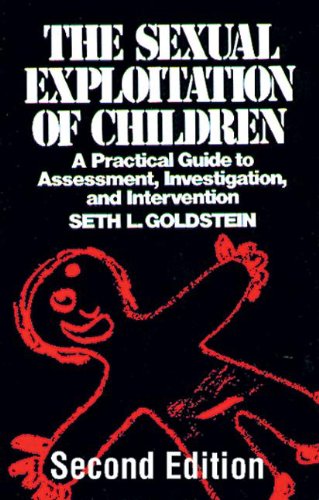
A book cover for The Sexual Exploitation of Children: A Practical Guide to Assessment, Investigation, and Intervention, Second Edition (Practical Aspects of Criminal and Forensic Investigations); Seth L. Goldstein; Law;